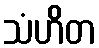
သံဟိတ